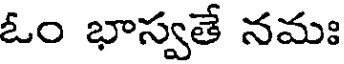
ఓం భాస్వతే నమః